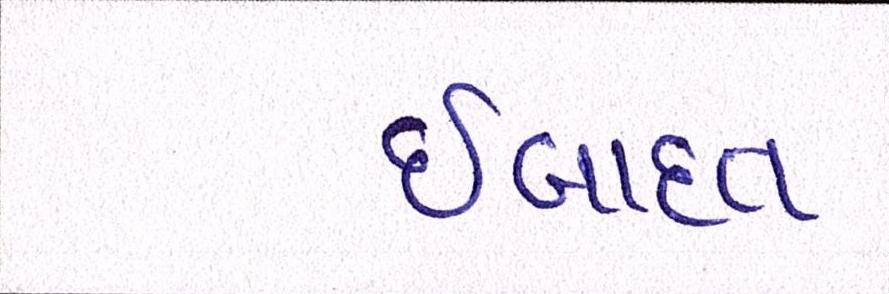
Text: ઈબાદત